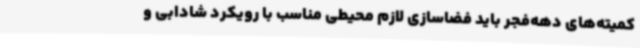
کمیته‌های دهه‌فجر باید فضاسازی لازم محیطی مناسب با رویکرد شادابی و